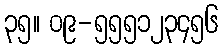
၃၅။ ၀၉-၅၅၅၁၂၃၄၅၆